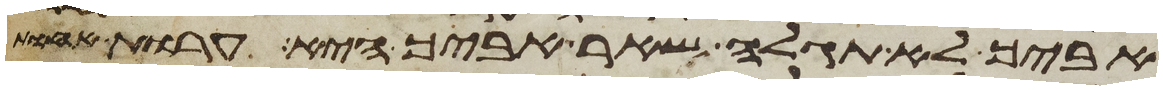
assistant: אביך לא תגלה שאר אביך היא ערות אחות